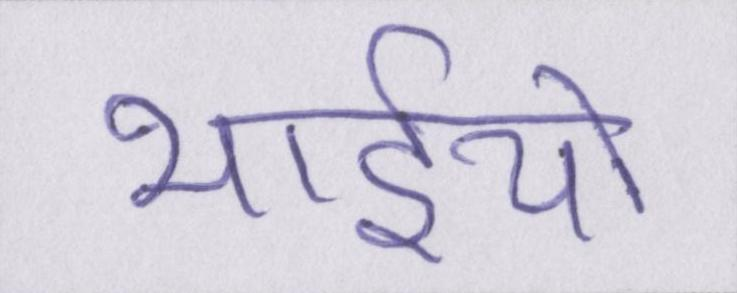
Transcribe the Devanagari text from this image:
भाईयों